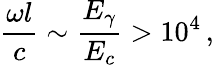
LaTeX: {\frac{\omega l}{c}}\sim{\frac{E_{\gamma}}{E_{c}}}>10^{4}\, ,